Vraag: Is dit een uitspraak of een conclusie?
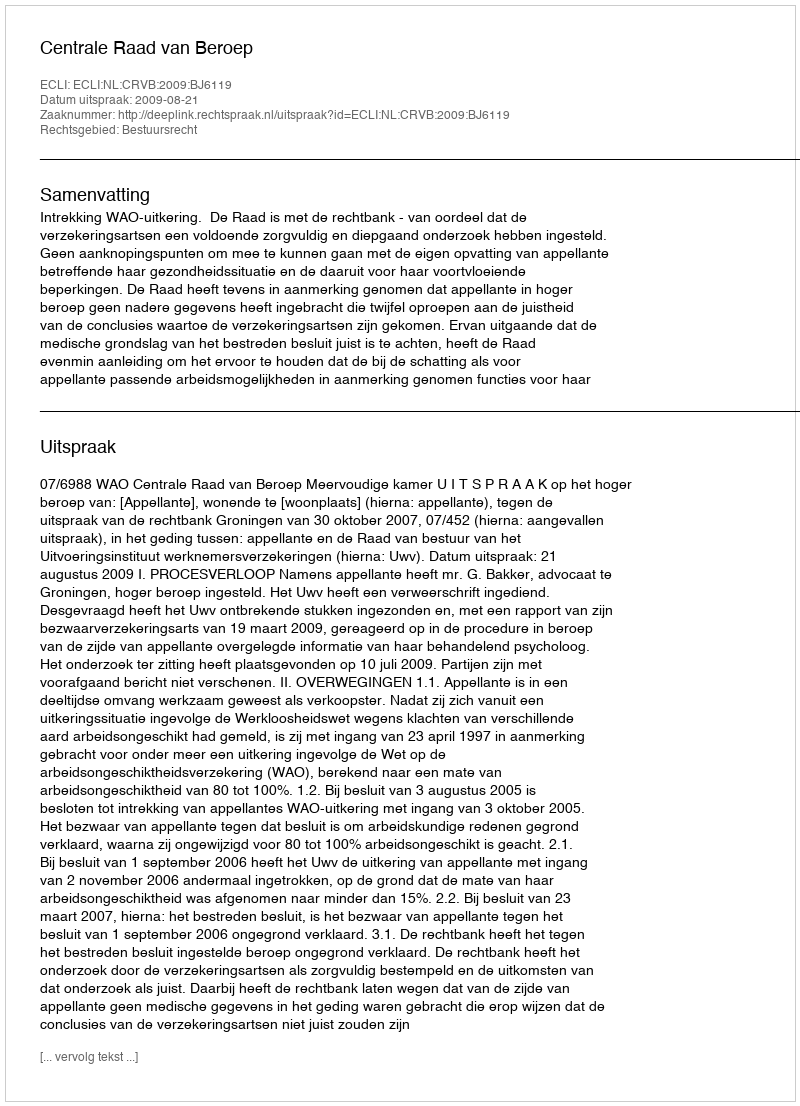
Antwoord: Uitspraak